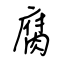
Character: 腐